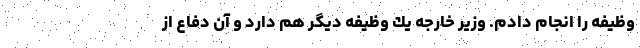
وظيفه را انجام دادم. وزير خارجه يك وظيفه ديگر هم دارد و آن دفاع از